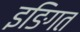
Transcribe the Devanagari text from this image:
इङिगत